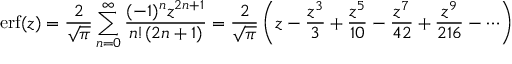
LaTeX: \operatorname { e r f } ( z ) = { \frac { 2 } { \sqrt { \pi } } } \sum _ { n = 0 } ^ { \infty } { \frac { ( - 1 ) ^ { n } z ^ { 2 n + 1 } } { n ! ( 2 n + 1 ) } } = { \frac { 2 } { \sqrt { \pi } } } \left( z - { \frac { z ^ { 3 } } { 3 } } + { \frac { z ^ { 5 } } { 1 0 } } - { \frac { z ^ { 7 } } { 4 2 } } + { \frac { z ^ { 9 } } { 2 1 6 } } - \cdots \right)